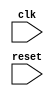
module your_module_name (
    input wire clk,
    input wire reset,
    // other input and output ports here
);

// Declare your flip-flops or other storage elements
reg [7:0] data_reg;

// Behavioral modeling block triggered by positive edge of clock
always @ (posedge clk) begin
    if (reset) begin
        // Initialize/reset storage elements
        data_reg <= 8'b0;
    end else begin
        // Define behavior for clock edge
        // For example, update the state of the storage element
        data_reg <= data_reg + 1;
    end
end

// Your other logic here

endmodule